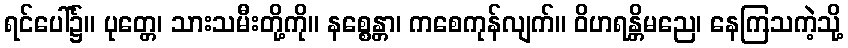
ရင်ပေါ်၌။ ပုတ္တေ၊ သားသမီးတို့ကို။ နစ္စေန္တာ၊ ကစေကုန်လျက်။ ဝိဟရန္တိမညေ၊ နေကြသကဲ့သို့